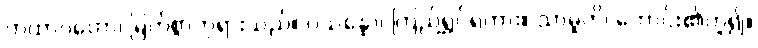
တထာဂတော၊ မြတ်စွာဘုရားသည်။ ပသန္နော၊ ကြည်ရွှင်ရကား။ သာဓူတိ၊ ကောင်း၏ဟူ၍။